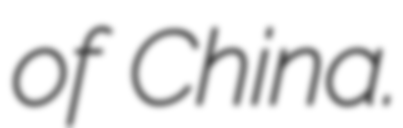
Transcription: of China.